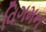
વિગમન